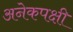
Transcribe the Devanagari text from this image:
अनेकपक्षी